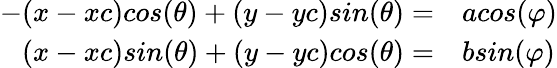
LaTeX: \begin{array}{rl}{-(x-xc)cos(\theta)+(y-yc)sin(\theta)=}&{{}acos(\varphi)}\\ {(x-xc)sin(\theta)+(y-yc)cos(\theta)=}&{{}bsin(\varphi)}\end{array}